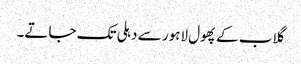
گلاب کے پھول لاہور سے دہلی تک جاتے۔